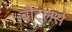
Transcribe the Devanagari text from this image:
बौट्लर्स